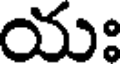
యః